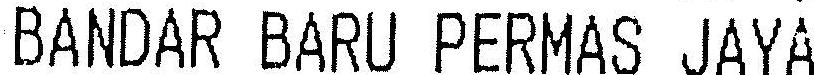
BANDAR BARU PERMAS JAYA